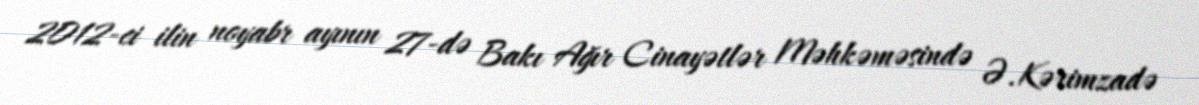
2012-ci ilin noyabr ayının 27-də Bakı Ağır Cinayətlər Məhkəməsində Ə.Kərimzadə